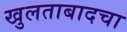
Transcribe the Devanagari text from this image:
खुलताबादचा